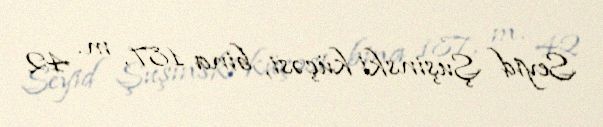
Seyid Şuşinski küçəsi, bina 187, m. 42